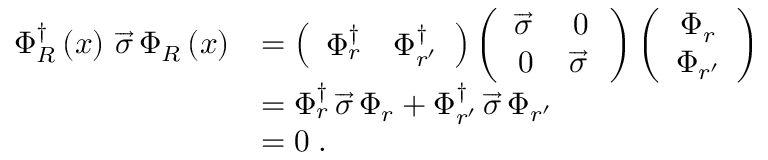
\begin{array} { r l } { \Phi _ { R } ^ { \dag } \left( x \right) \, \overrightarrow { \sigma } \, \Phi _ { R } \left( x \right) } & { = \left( \begin{array} { c c } { \Phi _ { r } ^ { \dag } } & { \Phi _ { r ^ { \prime } } ^ { \dag } } \end{array} \right) \left( \begin{array} { c c } { \overrightarrow { \sigma } \, } & { 0 } \\ { 0 } & { \overrightarrow { \sigma } \, } \end{array} \right) \left( \begin{array} { c } { \Phi _ { r } } \\ { \Phi _ { r ^ { \prime } } } \end{array} \right) } \\ & { = \Phi _ { r } ^ { \dag } \, \overrightarrow { \sigma } \, \Phi _ { r } + \Phi _ { r ^ { \prime } } ^ { \dag } \, \overrightarrow { \sigma } \, \Phi _ { r ^ { \prime } } } \\ & { = 0 \; . } \end{array}